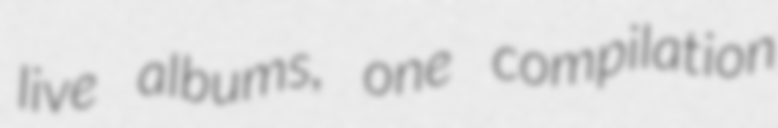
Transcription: live albums, one compilation